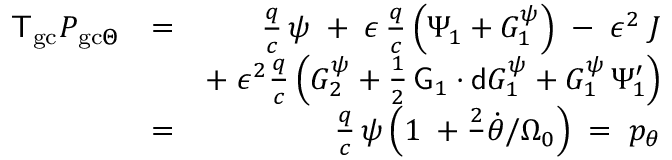
\begin{array} { r l r } { { \sf T } _ { \mathrm { g c } } P _ { \mathrm { g c } \Theta } } & { = } & { \frac { q } { c } \, \psi \; + \; \epsilon \, \frac { q } { c } \left( \Psi _ { 1 } + G _ { 1 } ^ { \psi } \right) \; - \; \epsilon ^ { 2 } \; J } \\ & { } & { + \; \epsilon ^ { 2 } \frac { q } { c } \left( G _ { 2 } ^ { \psi } + \frac { 1 } { 2 } \, { \sf G } _ { 1 } \cdot { \sf d } G _ { 1 } ^ { \psi } + G _ { 1 } ^ { \psi } \, \Psi _ { 1 } ^ { \prime } \right) } \\ & { = } & { \frac { q } { c } \, \psi \left( 1 \; + \frac 2 \, \dot { \theta } / \Omega _ { 0 } \right) \; = \; p _ { \theta } } \end{array}